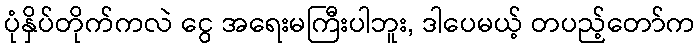
ပုံနှိပ်တိုက်ကလဲ ငွေ အရေးမကြီးပါဘူး, ဒါပေမယ့် တပည့်တော်က